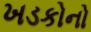
ખડકોનો